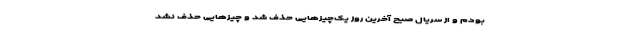
بودم و از سریال صبح آخرین روز یک‌چیزهایی حذف شد و چیزهایی حذف نشد